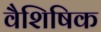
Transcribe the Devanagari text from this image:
वैशिषिक